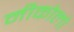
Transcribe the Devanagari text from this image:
नीकोलो